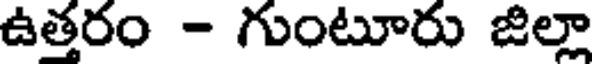
ఉత్తరం - గుంటూరు జిల్లా